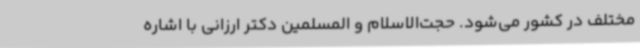
مختلف در کشور می‌شود. حجت‌الاسلام و المسلمین دکتر ارزانی با اشاره